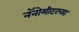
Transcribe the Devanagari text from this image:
नॅनोमीटरच्या